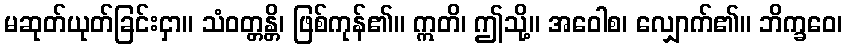
မဆုတ်ယုတ်ခြင်းငှာ။ သံဝတ္တန္တိ၊ ဖြစ်ကုန်၏။ ဣတိ၊ ဤသို့။ အဝေါစ၊ လျှောက်၏။ ဘိက္ခဝေ၊